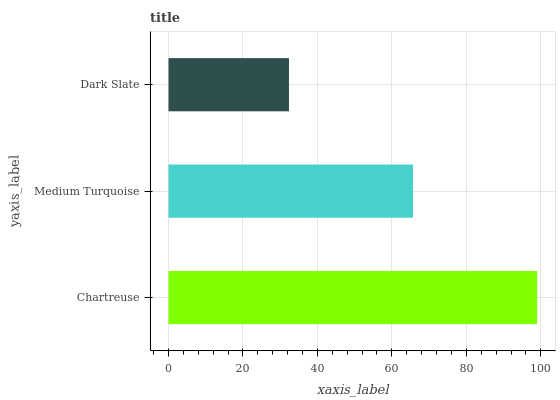
| yaxis_label | bars |
 | --- | --- |
 | Chartreuse | 99 |
 | Medium Turquoise | 65.7 |
 | Dark Slate | 32.4 |